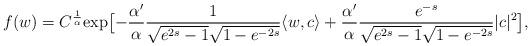
LaTeX: \begin{align*}f(w) = C^\frac1\alpha {\rm exp} \big[{ -\frac{\alpha'}{\alpha} \frac{1}{ \sqrt{e^{2s}-1} \sqrt{1-e^{-2s}}} \langle w, c \rangle + \frac{\alpha'}{\alpha} \frac{e^{-s}}{ \sqrt{e^{2s}-1} \sqrt{1-e^{-2s}}} |c|^2}\big], \end{align*}